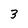
Character: 3